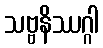
သဗ္ဗနိဿဂ္ဂါ